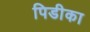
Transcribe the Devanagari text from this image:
पिडीका